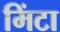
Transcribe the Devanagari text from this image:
मिंटा